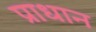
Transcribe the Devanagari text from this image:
प्राधान